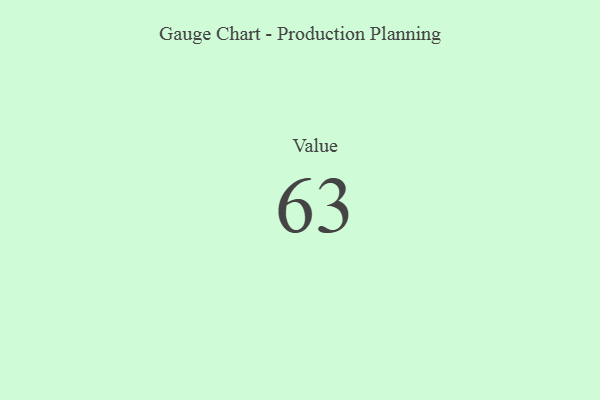
{"axis": {"x": "Metric", "y": "Value"}, "legend": [""], "data": [{"x": "Value", "y": 63, "type": ""}]}